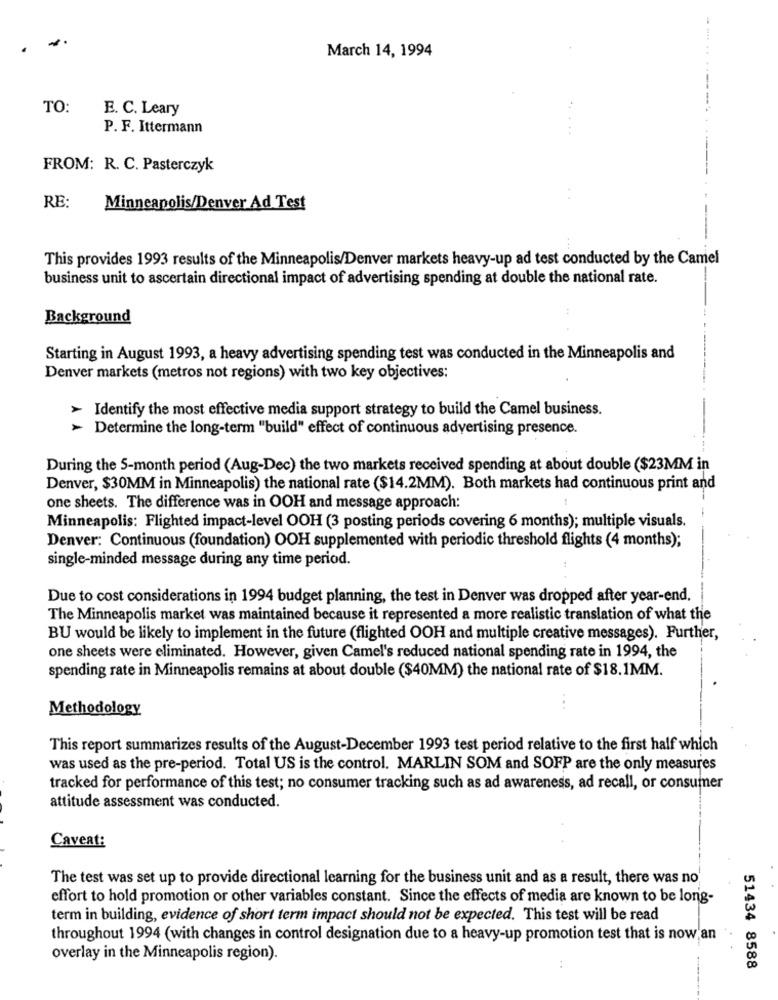
.
March 14, 1994
TO:
E. C. Leary
--.
P. F. Ittermann
FROM: R. C. Pasterczyk
RE:
Minneapolis/Denver Ad Test
This provides 1993 results of the Minneapolis/Denver markets heavy-up ad test conducted by the Camel
business unit to ascertain directional impact of advertising spending at double the national rate.
Background
Starting in August 1993, a heavy advertising spending test was conducted in the Minneapolis and
Denver markets (metros not regions) with two key objectives:
> Identify the most effective media support strategy to build the Camel business.
> Determine the long-term "build" effect of continuous advertising presence.
During the 5-month period (Aug-Dec) the two markets received spending at about double ($23MM in
Denver, $30MM in Minneapolis) the national rate ($14.2MM). Both markets had continuous print and
one sheets. The difference was in OOH and message approach:
Minneapolis: Flighted impact-level OOH (3 posting periods covering 6 months); multiple visuals.
Denver: Continuous (foundation) OOH supplemented with periodic threshold flights (4 months);
single-minded message during any time period.
Due to cost considerations in 1994 budget planning, the test in Denver was dropped after year-end.
The Minneapolis market was maintained because it represented a more realistic translation of what the
BU would be likely to implement in the future (flighted OOH and multiple creative messages). Further,
one sheets were eliminated. However, given Camel's reduced national spending rate in 1994, the
spending rate in Minneapolis remains at about double ($40MM) the national rate of $18.1MM.
Methodology
...
This report summarizes results of the August-December 1993 test period relative to the first half which
was used as the pre-period. Total US is the control. MARLIN SOM and SOFP are the only measures
tracked for performance of this test; no consumer tracking such as ad awareness, ad recall, or consumer
attitude assessment was conducted.
Caveat:
The test was set up to provide directional learning for the business unit and as a result, there was no
effort to hold promotion or other variables constant. Since the effects of media are known to be long-
term in building, evidence of short term impact should not be expected. This test will be read
throughout 1994 (with changes in control designation due to a heavy-up promotion test that is now'an
overlay in the Minneapolis region).
51434 8588